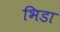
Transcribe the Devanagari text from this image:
भिडा